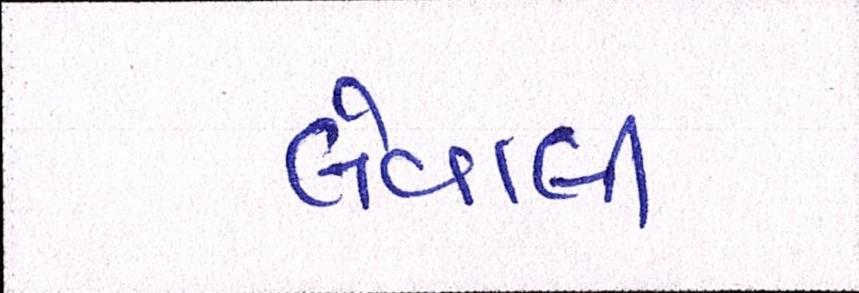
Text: લેવાલીઃ